Civil Veterinary Dept. Bombay admin report 1907-1913 - 1907-1913
Year: 1907
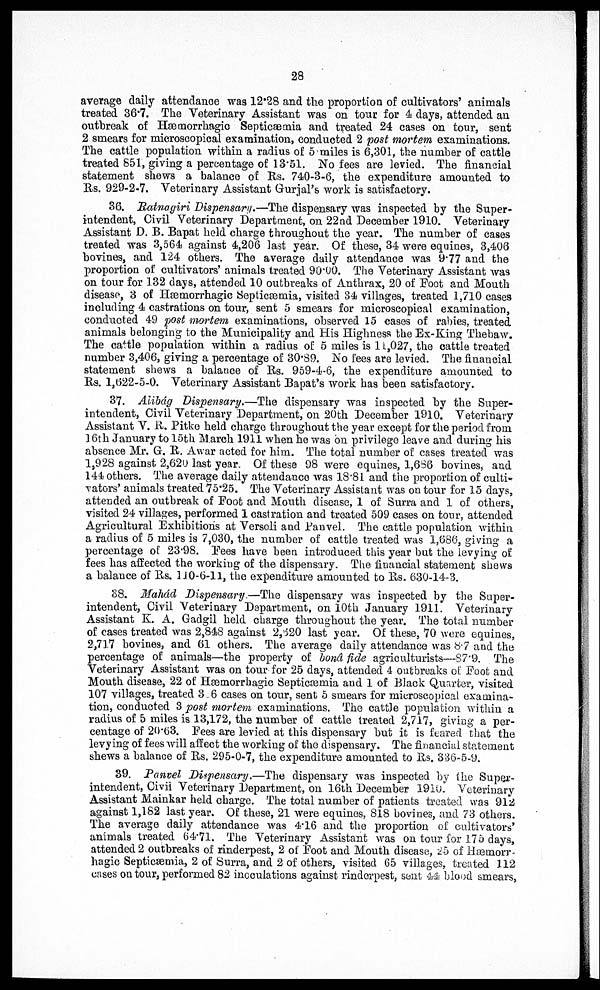
28
average daily attendance was 12.28 and the proportion of cultivators' animals
treated 86.7. The Veterinary Assistant was on tour for 4 days, attended an
outbreak of Hæmorrhagic Septicæmia and treated 24 cases on tour, sent
2 smears for microscopical examination, conducted 2 post mortem examinations.
The cattle population within a radius of 5 miles is 6,301, the number of cattle
treated 851, giving a percentage of 13.51. No fees are levied. The financial
statement shews a balance of. Rs. 740-3-6, the expenditure amounted to
Rs. 929-2-7. Veterinary Assistant Gurjal's work is satisfactory.
36. Ratnagiri Dispensary.—The dispensary was inspected by the Super-
intendent, Civil Veterinary Department, on 22nd December 1910. Veterinary
Assistant D. B. Bapat held charge throughout the year. The number of cases
treated was 3,564 against 4,206 last year. Of these, 34 were equines, 3,406
bovines, and 124 others. The average daily attendance was 9.77 and the
proportion of cultivators' animals treated 90.00. The Veterinary Assistant was
on tour for 132 days, attended 10 outbreaks of Anthrax, 20 of Foot and Mouth
disease, 3 of Hæmorrhagic Septicæmia, visited 34 villages, treated 1,710 cases
including 4 castrations on tour, sent 5 smears for microscopical examination,
conducted 49 post mortem examinations, observed 15 cases of rabies, treated
animals belonging to the Municipality and His Highness the Ex-King Thebaw.
The cattle population within a radius of 5 miles is 11,027, the cattle treated
number 3,406, giving a percentage of 30.89. No Fees are levied. The financial
statement shews a balance of Rs. 959-4-6, the expenditure amounted to
Rs. 1,622-5-0. Veterinary Assistant Bapat's work has been satisfactory.
37. Alibág Dispensary.—The dispensary was inspected by the Super-
intendent, Civil Veterinary Department, on 20th December 1910. Veterinary
Assistant V. R. Pitke held charge throughout the year except for the period from
16th January to 15th March 1911 when he was on privilege leave and during his
absence Mr. G. B. Awar acted for him. The total number of cases treated was
l,928 against 2,620 last year. Of these 98 were equines, 1,636 bovines, and
144 others. The average daily attendance was 18.81 and the proportion of culti-
Tatars' animals treated 75.25. The Veterinary Assistant was on tour for 15 days,
attended an outbreak of Foot and Mouth disease, 1 of Surra and 1 of others,
visited 24 villages, performed 1 castration and treated 509 cases on tour, attended
Agricultural Exhibitions at Versoli and Panvel. The cattle population within
a radius of 5 miles is 7,030, the number of cattle treated was 1,686, giving a
percentage of 23.98. Fees have been introduced this year but the levying of
fees has affected the working of the dispensary. The financial statement shews
a balance of Rs. 110-6-11, the expenditure amounted to Rs. 630-14-3.
38. Mahád Dispensary —The dispensary was inspected by the Super-
intendent, Civil Veterinary Department, on 10th January 1911. Veterinary
Assistant K. A. Gadgil held charge throughout the year. The total number
of cases treated was 2,848 against 2,820 last year. Of these, 70 were equines,
2,717 bovines, and 61 others. The average daily attendance was 8.7 and the
percentage of animals—the property of bond fide agriculturists—87.9. The
Veterinary Assistant was on tour for 25 days, attended 4 outbreaks of Foot and
Mouth disease, 22 of Hæmorrhagic Septicæmia and 1 of Black Quarter, visited
107 villages, treated 3 6 cases on tour, sent 5 smears for microscopical examina-
tion, conducted 3 post mortem examinations. The cattle population within a
radius of 5 miles is 13,172, the number of cattle treated 2,717, giving a per-
centage of 20.63. Pees are levied at this dispensary but it is feared that the
levying of fees will affect the working of the dispensary. The financial statement
shews a balance of Rs. 295-0-7, the expenditure amounted to Rs. 336-5-9.
39. Panvel Dispensary.—The dispensary was inspected by the Super-
intendent, Civil Veterinary Department, on 16th December 1916. Veterinary
Assistant Mainkar held charge. The total number of patients treated was 912
against 1,182 last year. Of these, 21 were equines, 818 bovines, and 73 others.
The average daily attendance was 4.16 and the proportion of cultivators'
animals treated 64.71. The Veterinary Assistant was on tour for 175 days,
attended 2 outbreaks of rinderpest, 2 of Foot and Mouth disease, 25 of Hæmorr-
hagic Septicæmia, 2 of Surra, and 2 of others, visited 65 villages, treated 112
cases on tour, performed 82 inoculations against rinderpest, sent 44 blood smears,